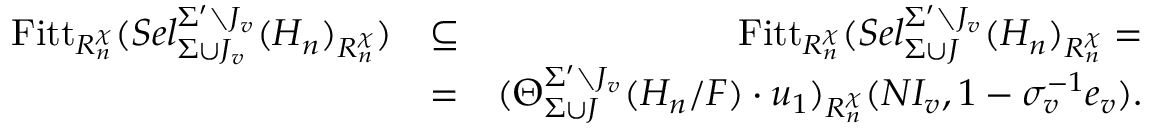
\begin{array} { r l r } { \mathrm { F i t t } _ { R _ { n } ^ { \chi } } ( S e l _ { \Sigma \cup J _ { v } } ^ { \Sigma ^ { \prime } \setminus J _ { v } } ( H _ { n } ) _ { R _ { n } ^ { \chi } } ) } & { \subseteq } & { \mathrm { F i t t } _ { R _ { n } ^ { \chi } } ( S e l _ { \Sigma \cup J } ^ { \Sigma ^ { \prime } \setminus J _ { v } } ( H _ { n } ) _ { R _ { n } ^ { \chi } } = } \\ & { = } & { ( \Theta _ { \Sigma \cup J } ^ { \Sigma ^ { \prime } \setminus J _ { v } } ( H _ { n } / F ) \cdot u _ { 1 } ) _ { R _ { n } ^ { \chi } } ( N I _ { v } , 1 - \sigma _ { v } ^ { - 1 } e _ { v } ) . } \end{array}